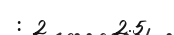
: 2      2.5